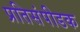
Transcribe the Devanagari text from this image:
प्रतिसंपीडक